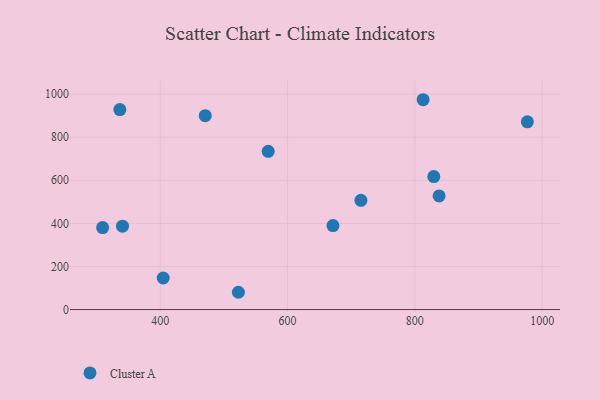
{"axis": {"x": "Experience", "y": "Fuel Efficiency"}, "legend": ["Cluster A"], "data": [{"x": "838.1", "y": 527.2, "type": "Cluster A"}, {"x": "715.3", "y": 507.0, "type": "Cluster A"}, {"x": "309.5", "y": 380.6, "type": "Cluster A"}, {"x": "976.8", "y": 870.9, "type": "Cluster A"}, {"x": "569.6", "y": 734.3, "type": "Cluster A"}, {"x": "404.7", "y": 146.4, "type": "Cluster A"}, {"x": "336.6", "y": 928.1, "type": "Cluster A"}, {"x": "671.4", "y": 389.6, "type": "Cluster A"}, {"x": "340.7", "y": 386.7, "type": "Cluster A"}, {"x": "522.8", "y": 80.2, "type": "Cluster A"}, {"x": "813.0", "y": 973.6, "type": "Cluster A"}, {"x": "470.7", "y": 899.6, "type": "Cluster A"}, {"x": "829.8", "y": 616.9, "type": "Cluster A"}]}